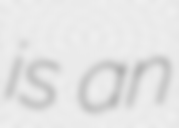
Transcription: is an